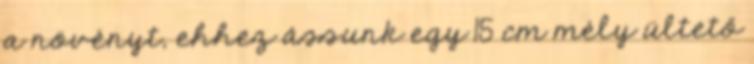
a növényt, ehhez ássunk egy 15 cm mély ültető